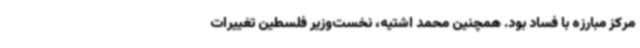
مرکز مبارزه با فساد بود. همچنین محمد اشتیه، نخست‌وزیر فلسطین تغییرات